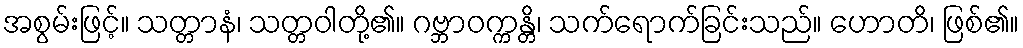
အစွမ်းဖြင့်။ သတ္တာနံ၊ သတ္တဝါတို့၏။ ဂဗ္ဘာဝက္ကန္တိ၊ သက်ရောက်ခြင်းသည်။ ဟောတိ၊ ဖြစ်၏။